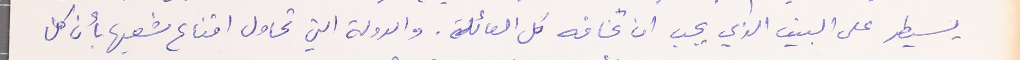
يسيطر على البيت الذي يجب ان تخافه كل العائلة. والدولة التي تحاول اقناع شعبها بأن كل